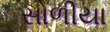
સોળીયા